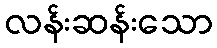
လန်းဆန်းသော